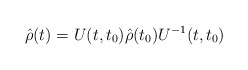
\begin{align*}\hat{\rho}(t) = U(t,t_0)\hat{\rho}(t_0)U^{-1}(t,t_0) \end{align*}